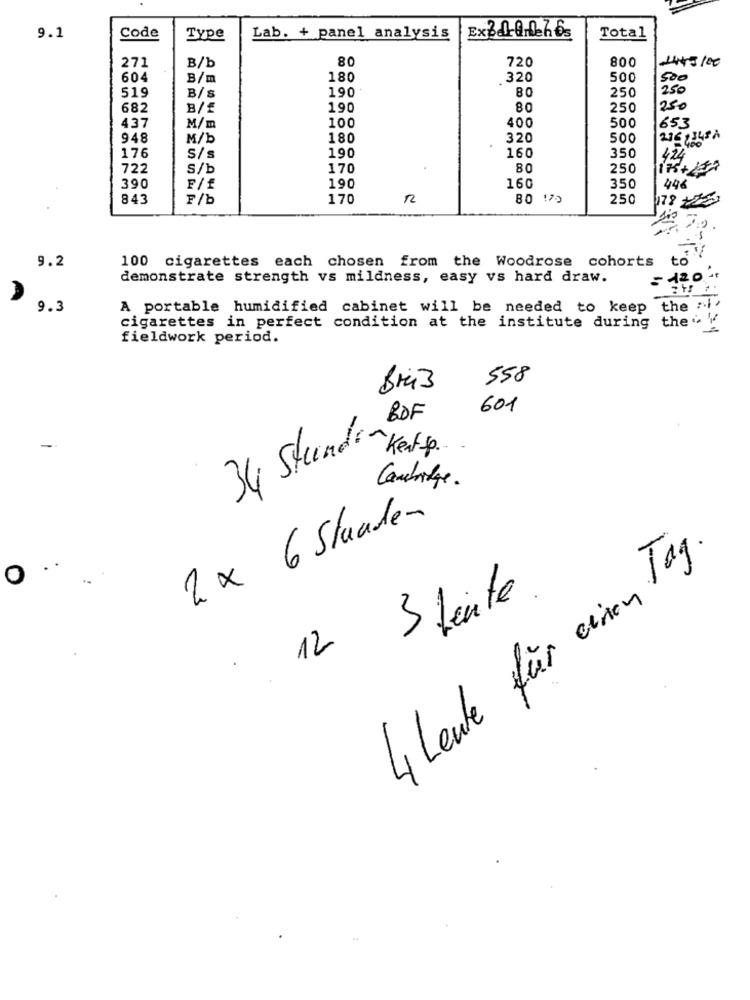
9.1
Code
Type
Lab. + panel analysis
Ex24-0.leh6.
Total
80
720
800
2445100
271
B/b
604
B/m
180
320
500
500
519
190
BO
250
250
B/S
682
B/£
190
80
250
250
400
500
437
M/m
100
653
948
M/b
180
320
500
190
160
350
176
S/s
424
722
S/b
170
80
250
190
390
F/f
160
350
44€
843
F/b
170
80 170
250
178 22
100 cigarettes each chosen from the Woodrose cohorts
to"
9.2
demonstrate strength vs mildness, easy vs hard draw.
= 120 +
9.3
A portable humidified cabinet will be needed to keep the :
cigarettes in perfect condition at the institute during the"
fieldwork period.
M
558
601
BDF
34 Stund ~Kent ...
Cambridge.
2 × 6 Stunden
4 Leute für einen Tag.
O
12 3 faute